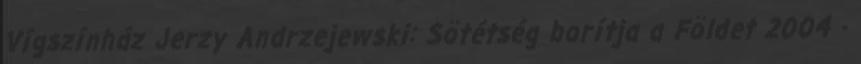
Vígszínház Jerzy Andrzejewski: Sötétség borítja a Földet 2004 -